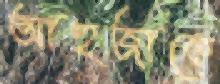
আহুজাকে